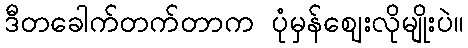
ဒီတခေါက်တက်တာက ပုံမှန်ဈေးလိုမျိုးပဲ။